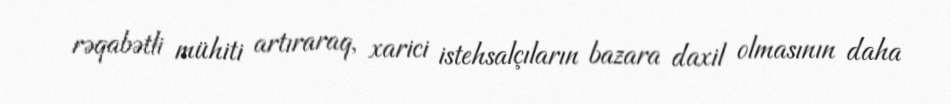
rəqabətli mühiti artıraraq, xarici istehsalçıların bazara daxil olmasının daha